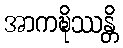
အာကဍ္ဎိဿန္တိ